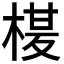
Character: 𭪶